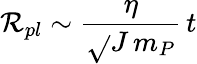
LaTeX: \mathcal{R}_{pl}\sim\frac{{\eta}}{{\sqrt{}{{J\, m_{P}}}}}\, t